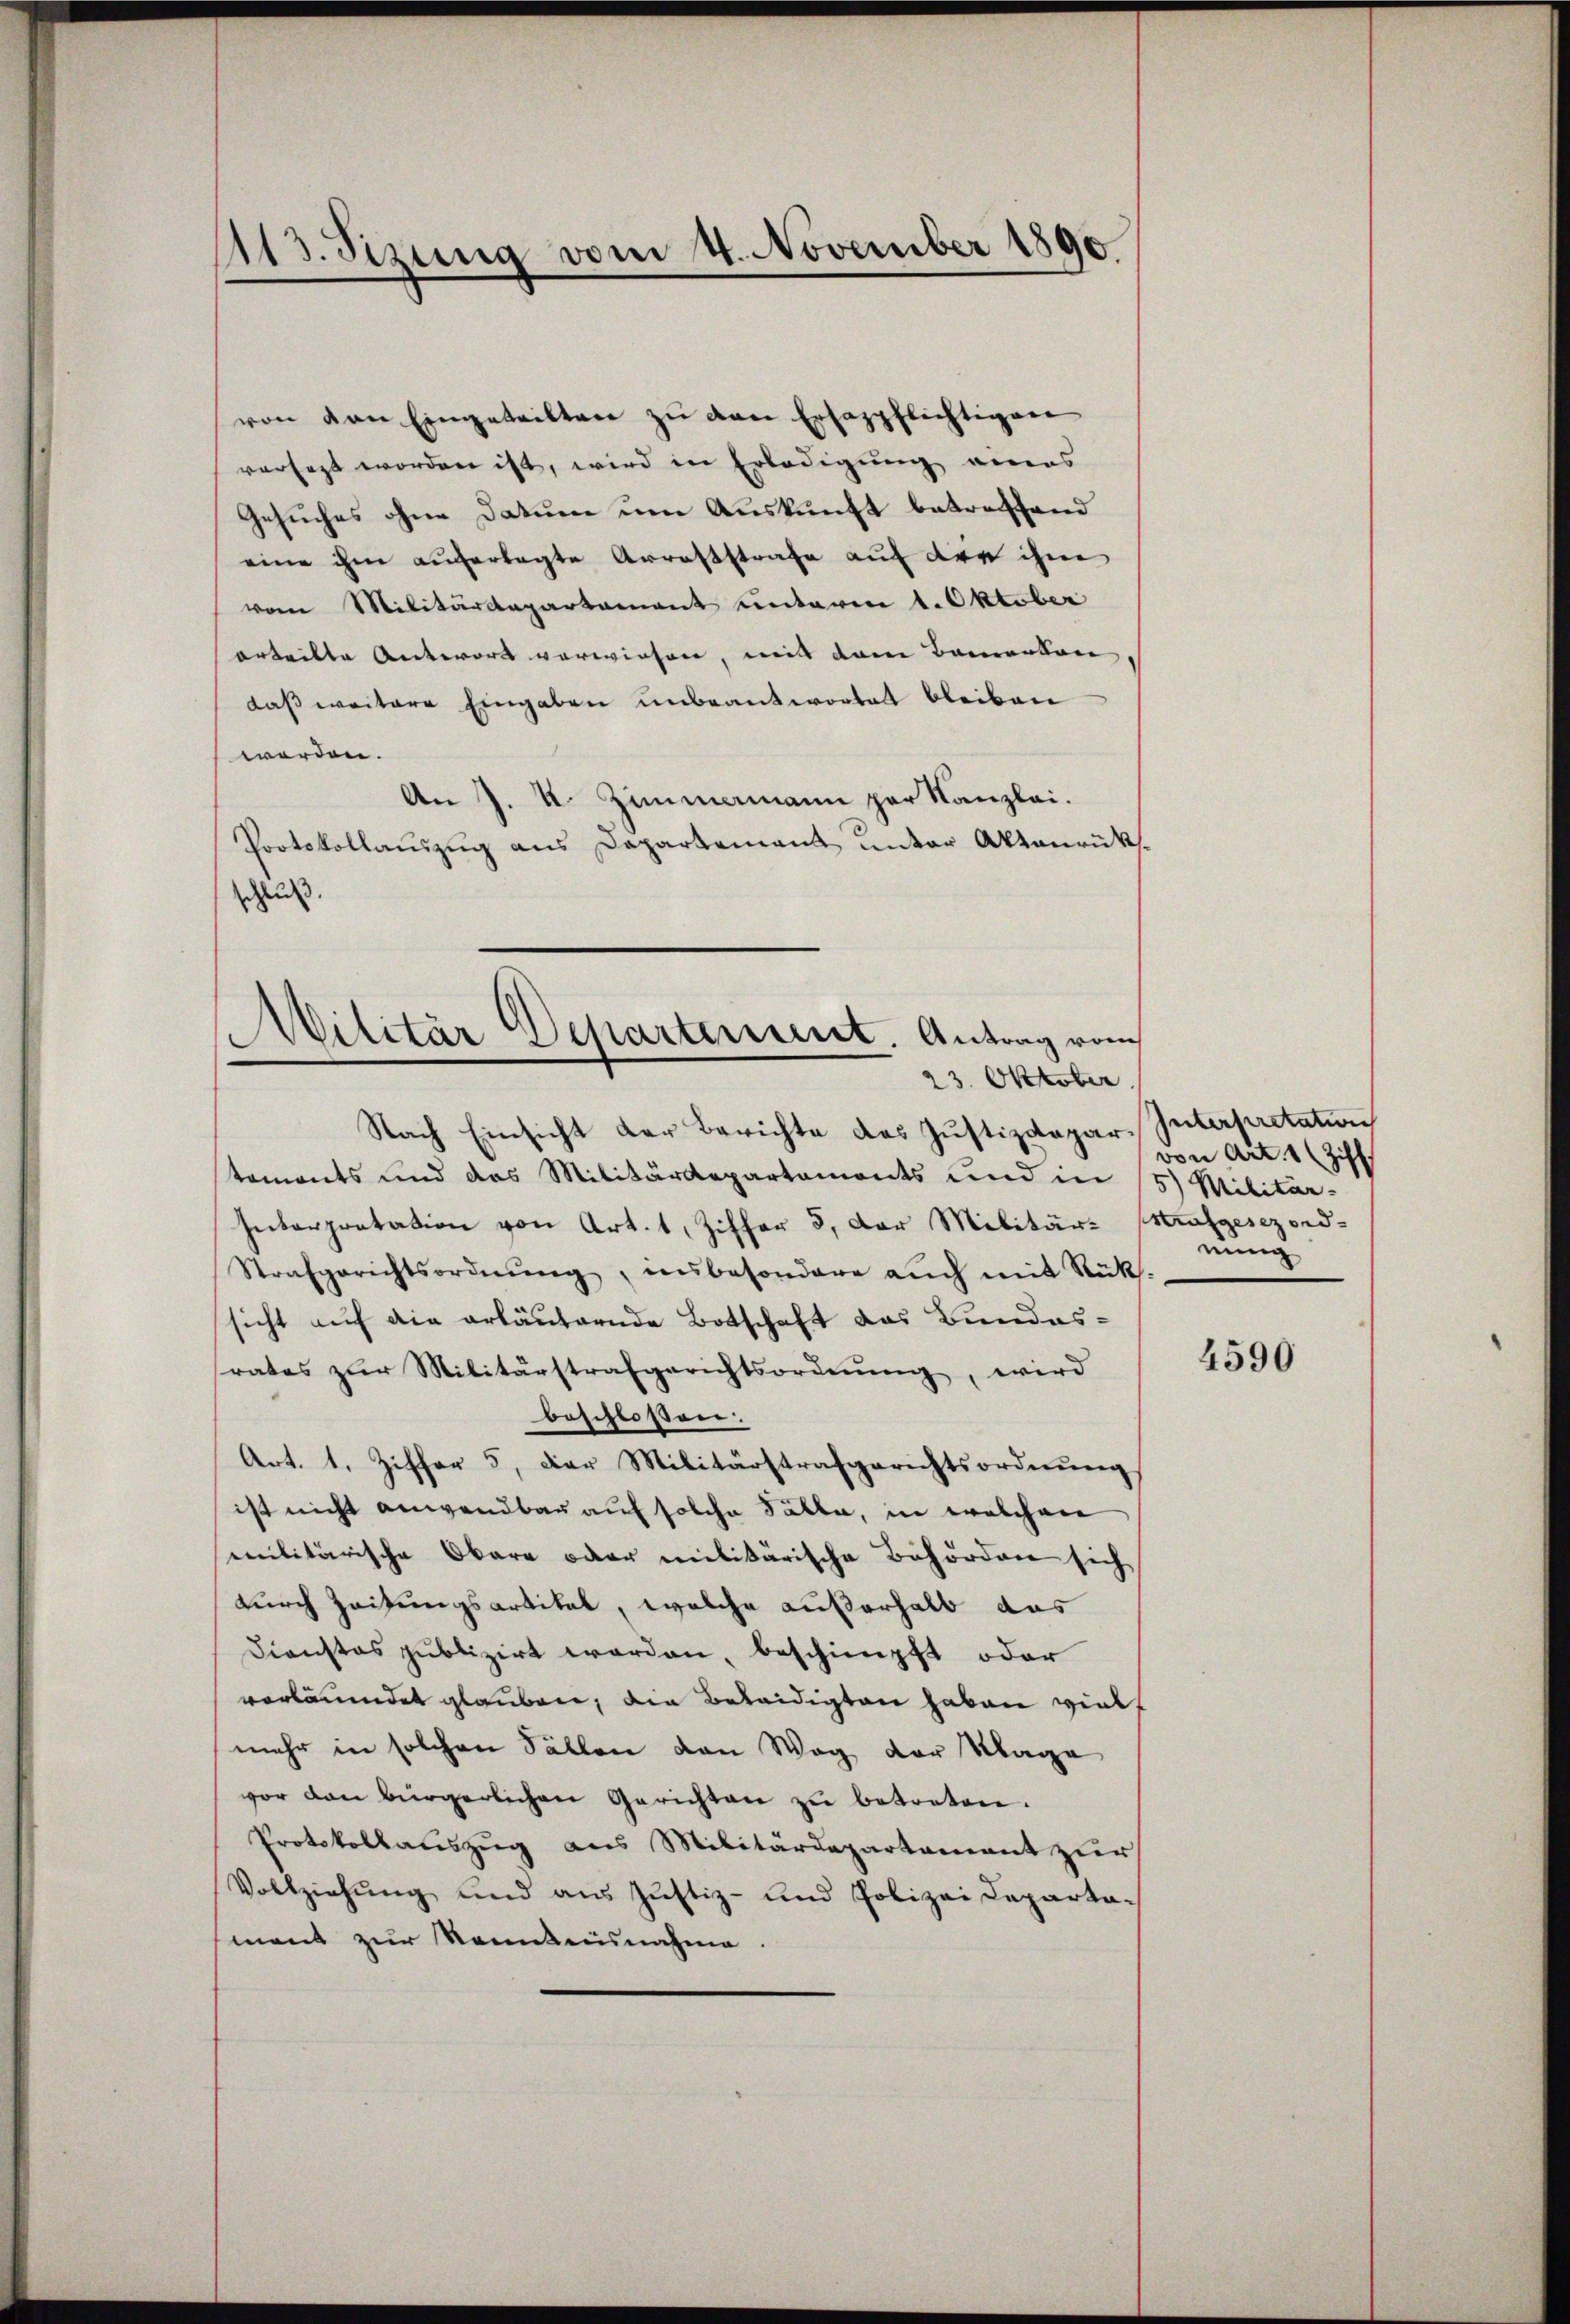
113. Sezung vom 4. November 1890

von von Eingeteilten zŭ den Ersazpflichtigen
versezt worden ist, wird in Erledigung eines
Gesuches ohne Datum um Auskunft betreffend
eine ihm auferlegte Arreststrafe auf die ihm
vom Militärdepartement unterm 1. Oktober
orteilte Antwort vorwiesen, mit den Bamorten |
daß weitere Eingaben unbeantwortet bleiben
werden.
An J. K. Zimmamann per Kanzlei.
Portokollauszug aus Departement unter Aktenrüksschluß

s
e
Pilitär Departement. Antrag von
23. Oktober.

Nach Einsicht der Berichte des Justizdepar, Interpretation
temonts und das Militärdepartemonts und in 5 Militar-
Interpretation von Art. 1, Ziffer 5. Der Militär-Strafgesezord-
Strafgerichtsordnŭng, unbesondere aŭch mit Rück-
sicht auf die erläuternde Botschaft das Bundesrates zŭr Militärstrafgerichtsordnŭng, wird
beschlossen:
Art. 1. Ziffer 5. Der Militärstrafgerichtsordnŭng
ist nicht anwendbar auf solche Fälle, in welchen
militärische Obare oder militärische Behörden sich
durch Zeitungsartikel, welche außerhalb das
Dienstes publizirt worden, beschimpft oder
vorläumdet glauben, die Beteidigten haben viel
mehr in solchen Fällen von Weg der Klage
vor den bürgerlichen Gerichten zŭ betreten.
Protokollauszug aus Militärdepartament zur
Vollziehung und aus Justiz- und Polizei Departa-
mant zur Sonntennahme.

e

von Art. 1 (Ziff
nung

4590